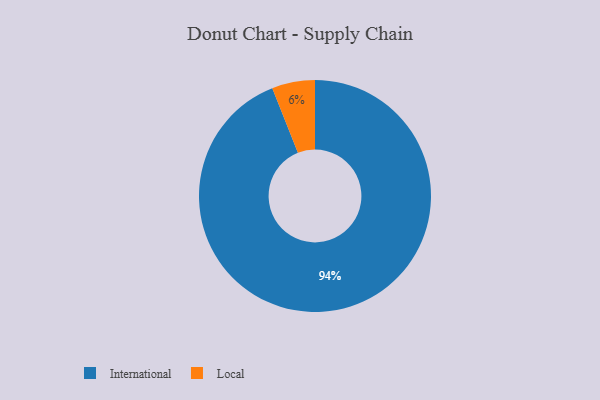
{"axis": {"x": "Category", "y": "Percentage"}, "legend": ["International", "Local"], "data": [{"x": "International", "y": 94, "type": "International"}, {"x": "Local", "y": 6, "type": "Local"}]}